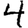
Digit: 4